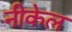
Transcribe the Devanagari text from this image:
नीकेल